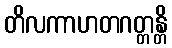
တိလကာဟတဂတ္တန္တိ